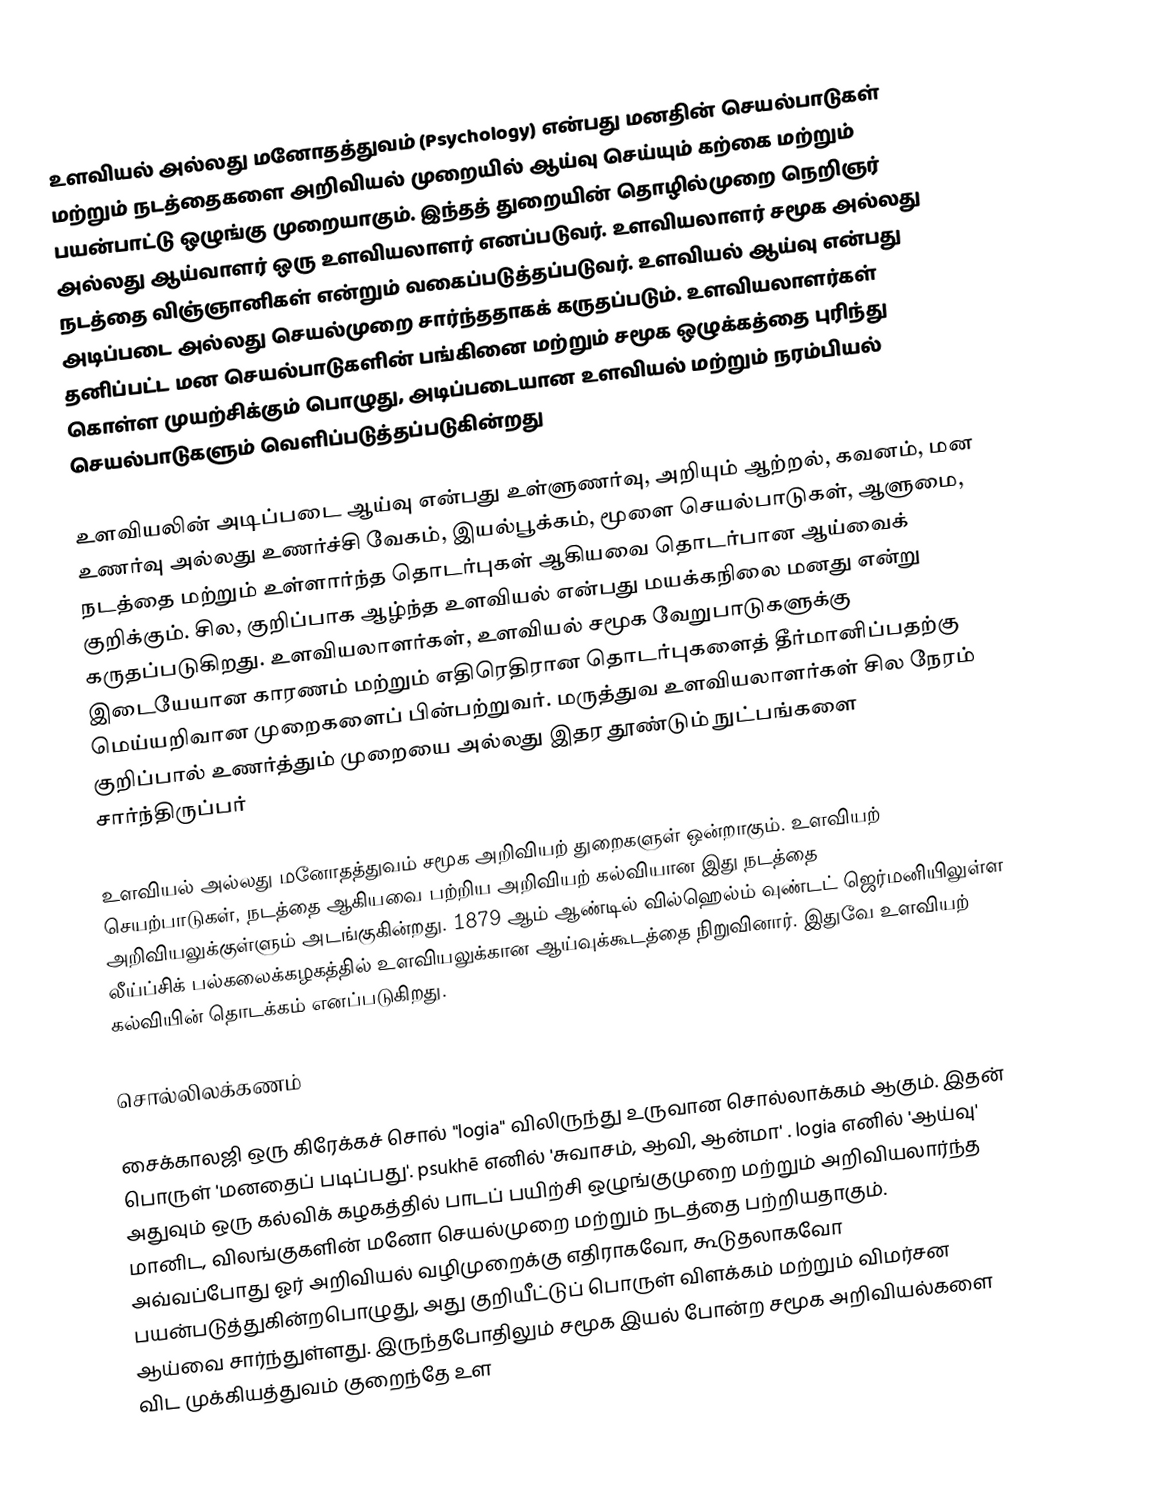
உளவியல் அல்லது மனோதத்துவம் (Psychology) என்பது மனதின் செயல்பாடுகள் மற்றும் நடத்தைகளை அறிவியல் முறையில் ஆய்வு செய்யும் கற்கை மற்றும் பயன்பாட்டு ஒழுங்கு முறையாகும். இந்தத் துறையின் தொழில்முறை நெறிஞர் அல்லது ஆய்வாளர் ஒரு உளவியலாளர் எனப்படுவர். உளவியலாளர் சமூக அல்லது நடத்தை விஞ்ஞானிகள் என்றும் வகைப்படுத்தப்படுவர். உளவியல் ஆய்வு என்பது அடிப்படை அல்லது செயல்முறை சார்ந்ததாகக் கருதப்படும். உளவியலாளர்கள் தனிப்பட்ட மன செயல்பாடுகளின் பங்கினை மற்றும் சமூக ஒழுக்கத்தை புரிந்து கொள்ள முயற்சிக்கும் பொழுது, அடிப்படையான உளவியல் மற்றும் நரம்பியல் செயல்பாடுகளும் வெளிப்படுத்தப்படுகின்றது

உளவியலின் அடிப்படை ஆய்வு என்பது உள்ளுணர்வு, அறியும் ஆற்றல், கவனம், மன உணர்வு அல்லது உணர்ச்சி வேகம், இயல்பூக்கம், மூளை செயல்பாடுகள், ஆளுமை, நடத்தை மற்றும் உள்ளார்ந்த தொடர்புகள் ஆகியவை தொடர்பான ஆய்வைக் குறிக்கும். சில, குறிப்பாக ஆழ்ந்த உளவியல் என்பது மயக்கநிலை மனது என்று கருதப்படுகிறது. உளவியலாளர்கள், உளவியல் சமூக வேறுபாடுகளுக்கு இடையேயான காரணம் மற்றும் எதிரெதிரான தொடர்புகளைத் தீர்மானிப்பதற்கு மெய்யறிவான முறைகளைப் பின்பற்றுவர். மருத்துவ உளவியலாளர்கள் சில நேரம் குறிப்பால் உணர்த்தும் முறையை அல்லது இதர தூண்டும் நுட்பங்களை சார்ந்திருப்பர்

உளவியல் அல்லது மனோதத்துவம் சமூக அறிவியற் துறைகளுள் ஒன்றாகும். உளவியற் செயற்பாடுகள், நடத்தை ஆகியவை பற்றிய அறிவியற் கல்வியான இது நடத்தை அறிவியலுக்குள்ளும் அடங்குகின்றது. 1879 ஆம் ஆண்டில் வில்ஹெல்ம் வுண்டட் ஜெர்மனியிலுள்ள லீய்ப்சிக் பல்கலைக்கழகத்தில் உளவியலுக்கான ஆய்வுக்கூடத்தை நிறுவினார். இதுவே உளவியற் கல்வியின் தொடக்கம் எனப்படுகிறது.

சொல்லிலக்கணம்

சைக்காலஜி ஒரு கிரேக்கச் சொல் "logia" விலிருந்து உருவான சொல்லாக்கம் ஆகும். இதன் பொருள் 'மனதைப் படிப்பது'.  psukhē எனில் 'சுவாசம், ஆவி, ஆன்மா' . logia எனில் 'ஆய்வு'  அதுவும் ஒரு கல்விக் கழகத்தில் பாடப் பயிற்சி ஒழுங்குமுறை மற்றும் அறிவியலார்ந்த மானிட, விலங்குகளின் மனோ செயல்முறை மற்றும் நடத்தை பற்றியதாகும். அவ்வப்போது ஓர் அறிவியல் வழிமுறைக்கு எதிராகவோ, கூடுதலாகவோ பயன்படுத்துகின்றபொழுது, அது குறியீட்டுப் பொருள் விளக்கம் மற்றும் விமர்சன ஆய்வை சார்ந்துள்ளது. இருந்தபோதிலும் சமூக இயல் போன்ற சமூக அறிவியல்களை விட முக்கியத்துவம் குறைந்தே உள